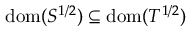
\operatorname { d o m } ( S ^ { 1 / 2 } ) \subseteq \operatorname { d o m } ( T ^ { 1 / 2 } )